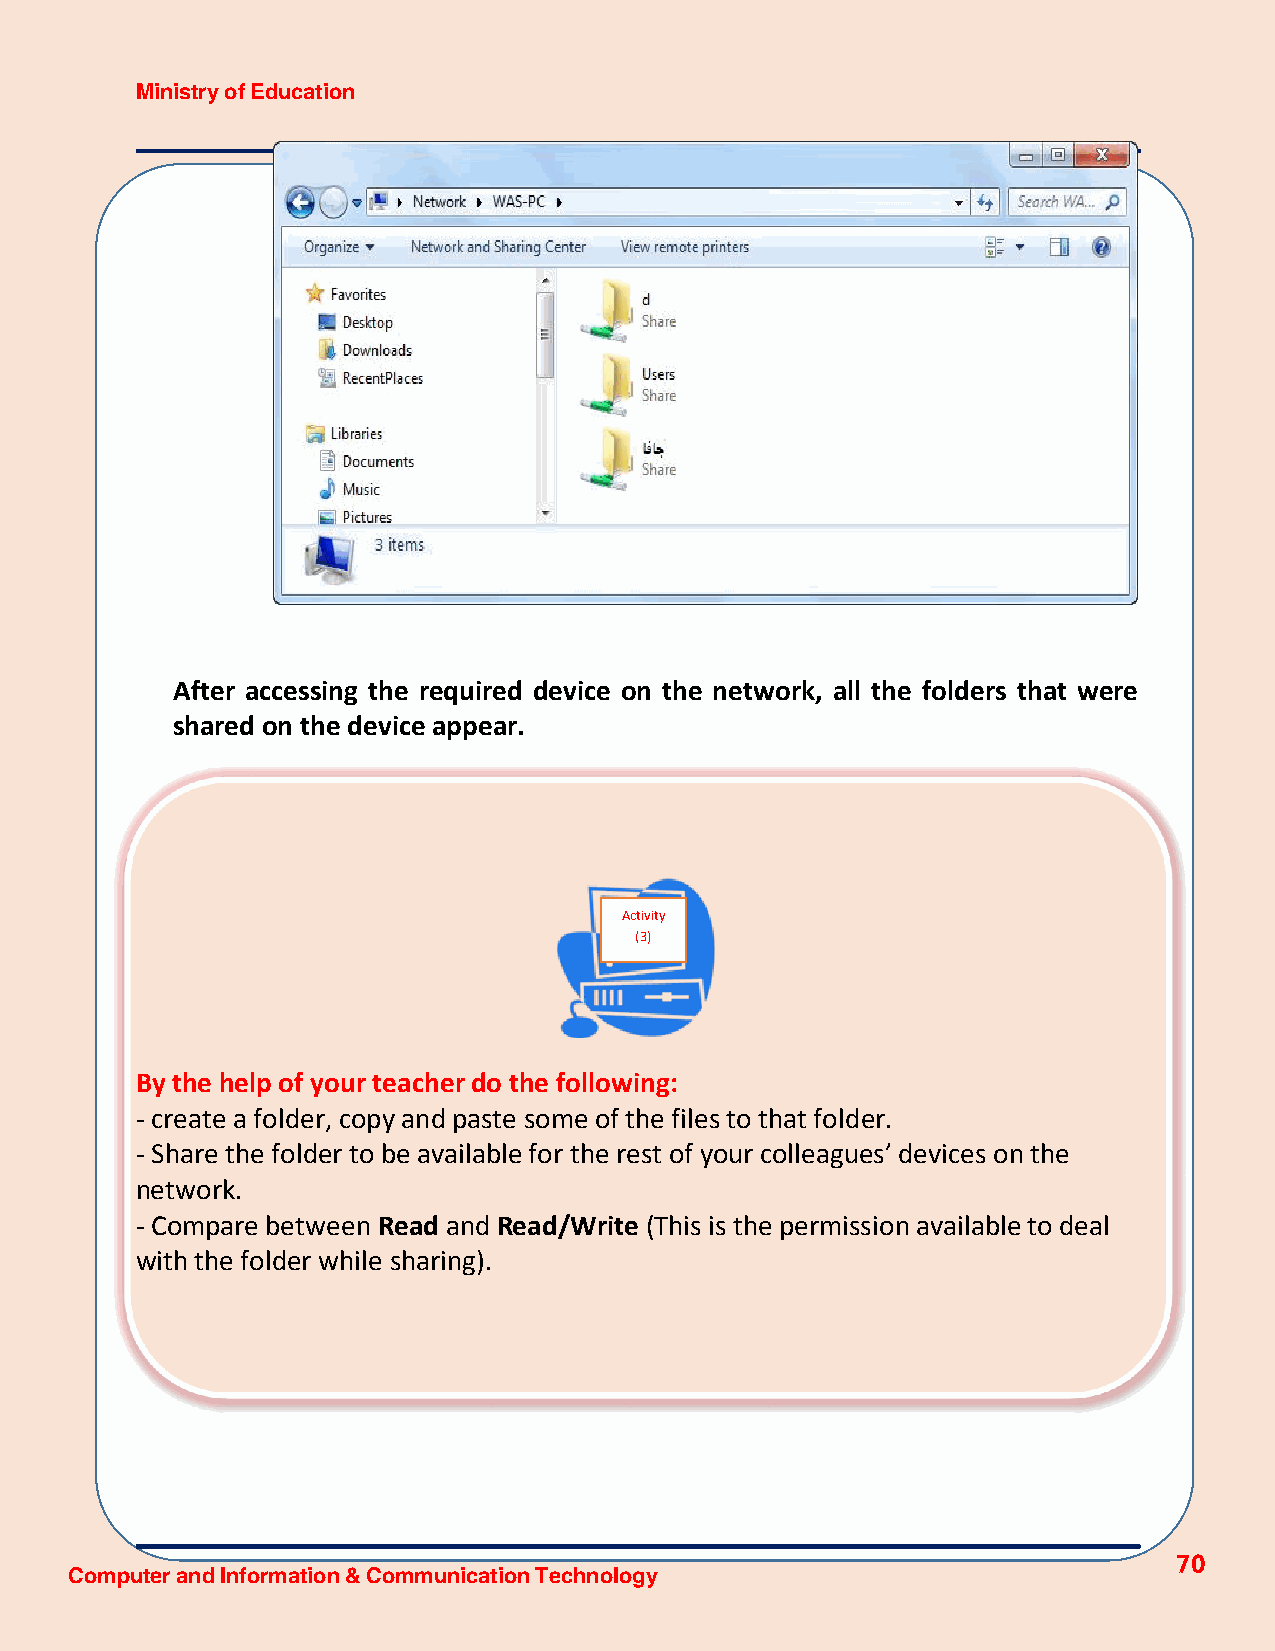
Ministry of Education
 After accessing the required device on the network, all the folders that were
 shared on the device appear.
 Activity
 (3)
 By the help of your teacher do the following:
 - create a folder, copy and paste some of the files to that folder.
 - Share the folder to be available for the rest of your colleagues’ devices on the
 network.
 - Compare between Read and Read/Write (This is the permission available to deal
 with the folder while sharing).
 70
 Computer and Information & Communication Technology